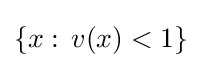
\{x:\,v(x)<1\}